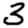
Digit: 3